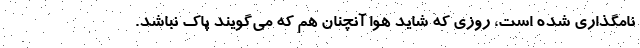
نامگذاری شده است، روزی که شاید هوا آنچنان هم که می‌گویند پاک نباشد.